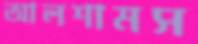
আলশামস